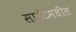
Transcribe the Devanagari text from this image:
साईटमधील